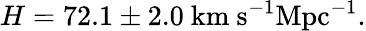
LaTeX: H=72.1\pm 2.0\ \textrm{km}\ \textrm{s}^{-1}\textrm{Mpc}^{-1}.